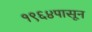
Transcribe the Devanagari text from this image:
१९६४पासून